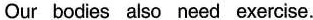
Our bodies also need exercise.